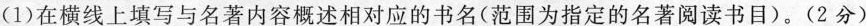
(1)在横线上填写与名著内容概述相对应的书名(范围为指定的名著阅读书目)。(2分)